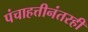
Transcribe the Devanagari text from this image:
पंचाहत्तीनंतरही